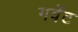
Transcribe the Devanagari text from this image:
गवेंट